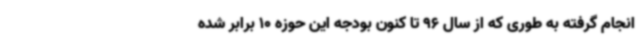
انجام گرفته به طوری که از سال 96 تا کنون بودجه این حوزه 10 برابر شده